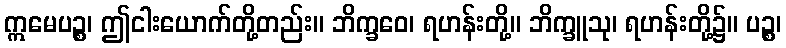
ဣမေပဉ္စ၊ ဤငါးယောက်တို့တည်း။ ဘိက္ခဝေ၊ ရဟန်းတို့။ ဘိက္ခူသု၊ ရဟန်းတို့၌။ ပဉ္စ၊